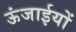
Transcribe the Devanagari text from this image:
ऊंजाईयों